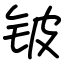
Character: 铍